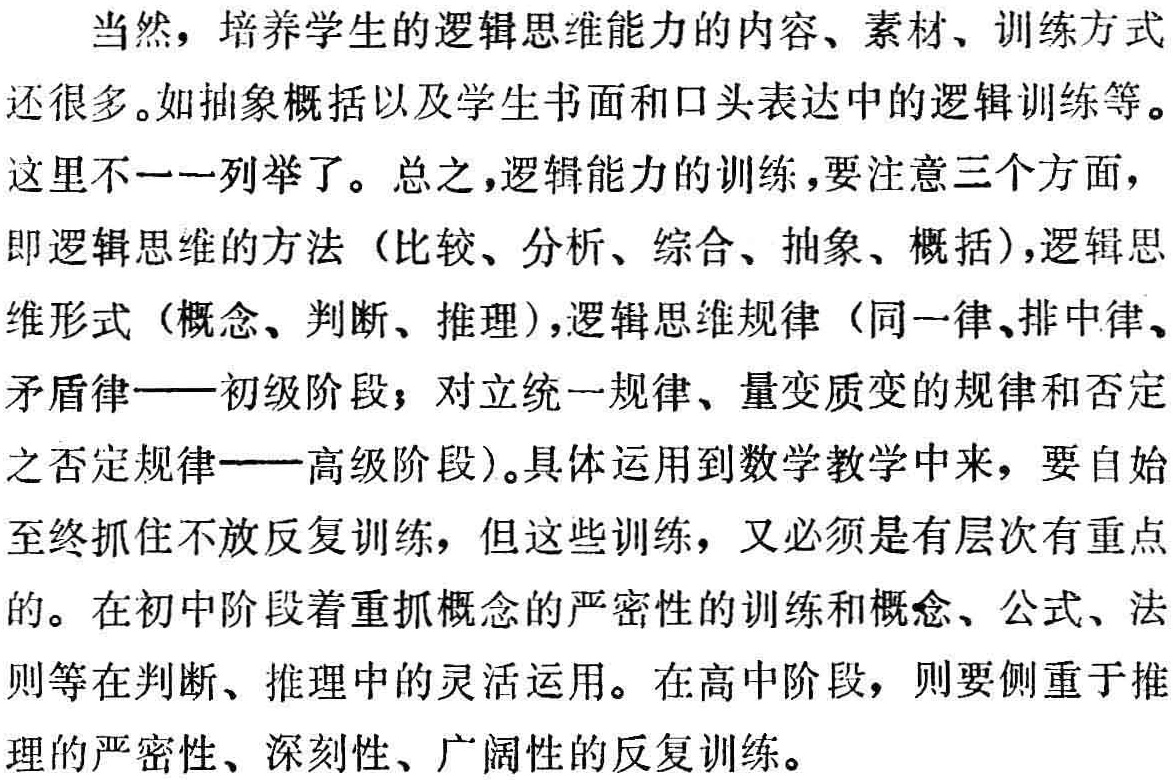
当然，培养学生的逻辑思维能力的内容、素材、训练方式

还很多。如抽象概括以及学生书面和口头表达中的逻辑训练等。

这里不一一列举了。总之，逻辑能力的训练，要注意三个方面，

即逻辑思维的方法（比较、分析、综合、抽象、概括），逻辑思

维形式（概念、判断、推理），逻辑思维规律（同一律、排中律、

矛盾律——初级阶段；对立统一规律、量变质变的规律和否定

之否定规律——高级阶段）。具体运用到数学教学中来，要自始

至终抓住不放反复训练，但这些训练，又必须是有层次有重点

的。在初中阶段着重抓概念的严密性的训练和概念、公式、法

则等在判断、推理中的灵活运用。在高中阶段，则要侧重于推

理的严密性、深刻性、广阔性的反复训练。